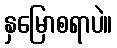
နှမြောစရာပဲ။